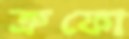
ত্রুফো